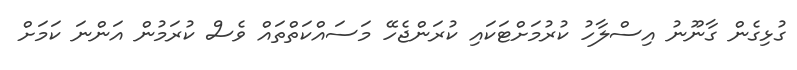
ގުޅިގެން ގާނޫނު އިސްލާހު ކުރުމަށްޓަކައި ކުރަންޖެހޭ މަސައްކަތްތައް ވެސް ކުރަމުން އަންނަ ކަމަށް